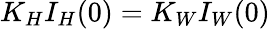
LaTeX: K_{H}I_{H}(0)=K_{W}I_{W}(0)